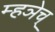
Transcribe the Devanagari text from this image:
म्हञेच्